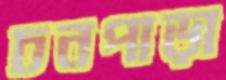
চনপাড়া